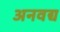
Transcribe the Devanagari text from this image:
अनवद्य